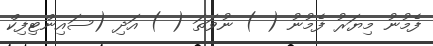
ފެމުނު މިޔަރު ފެމުނު ( ) ނުވަތަ ( ) އަދި (ސައިންޓިފިކް